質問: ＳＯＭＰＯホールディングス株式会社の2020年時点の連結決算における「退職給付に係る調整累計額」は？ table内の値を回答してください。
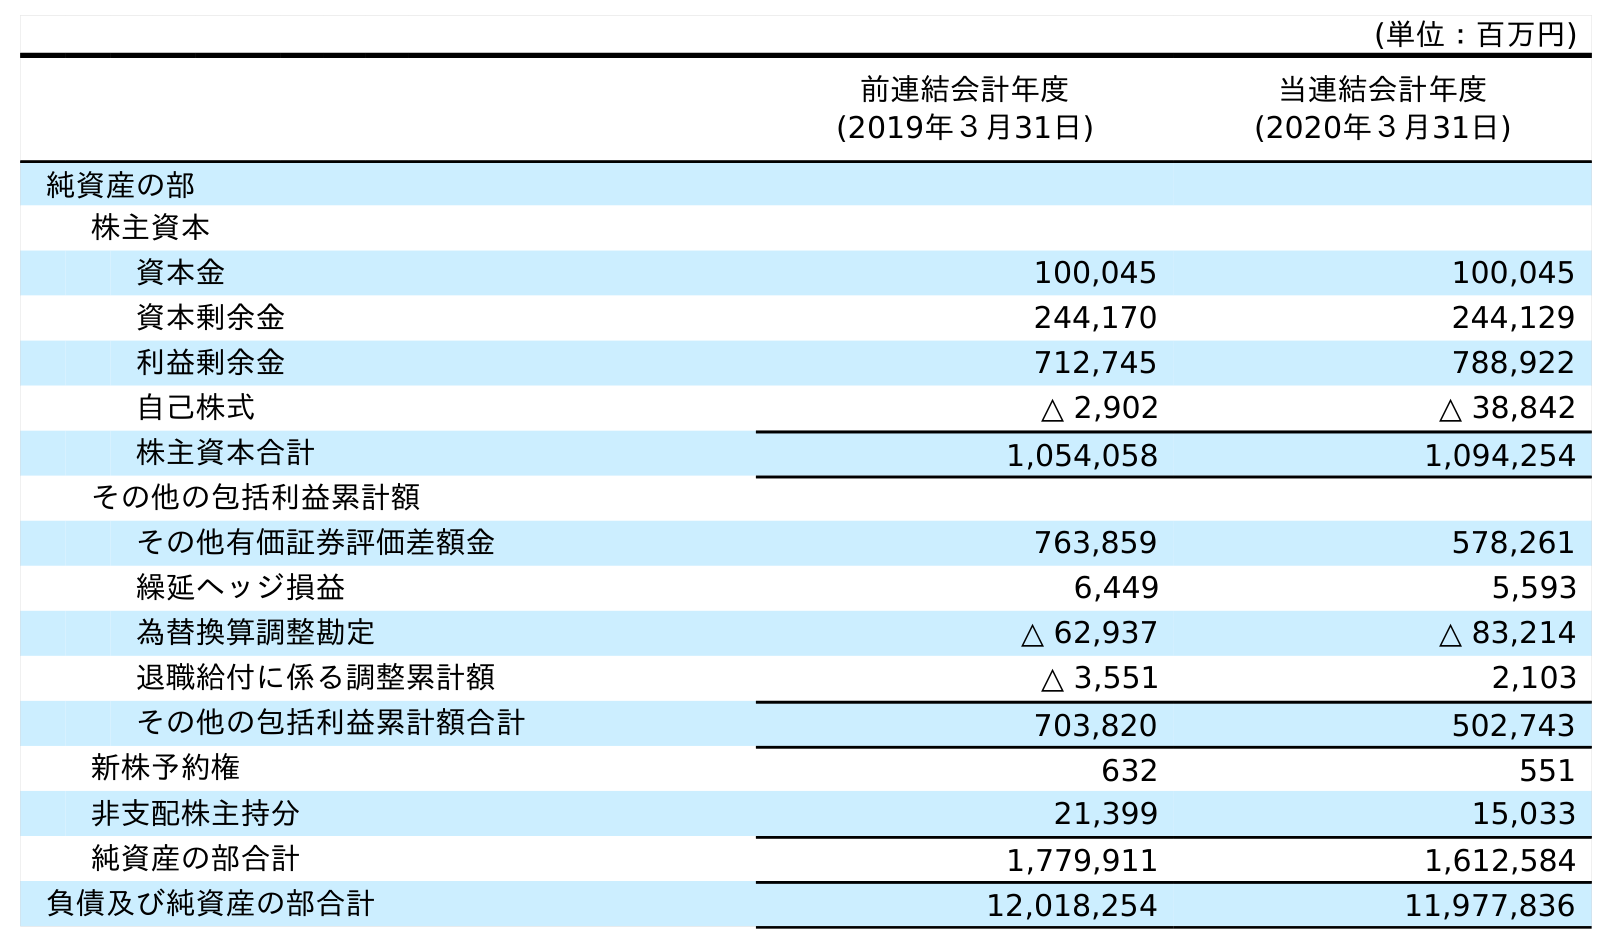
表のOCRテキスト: (単位：百万円) 前連結会計年度 (2019年３月31日) 当連結会計年度 (2020年３月31日) 純資産の部 株主資本 資本金 100,045 100,045 資本剰余金 244,170 244,129 利益剰余金 712,745 788,922 自己株式 △ 2,902 △ 38,842 株主資本合計 1,054,058 1,094,254 その他の包括利益累計額 その他有価証券評価差額金 763,859 578,261 繰延ヘッジ損益 6,449 5,593 為替換算調整勘定 △ 62,937 △ 83,214 退職給付に係る調整累計額 △ 3,551 2,103 その他の包括利益累計額合計 703,820 502,743 新株予約権 632 551 非支配株主持分 21,399 15,033 純資産の部合計 1,779,911 1,612,584 負債及び純資産の部合計 12,018,254 11,977,836
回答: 2,103